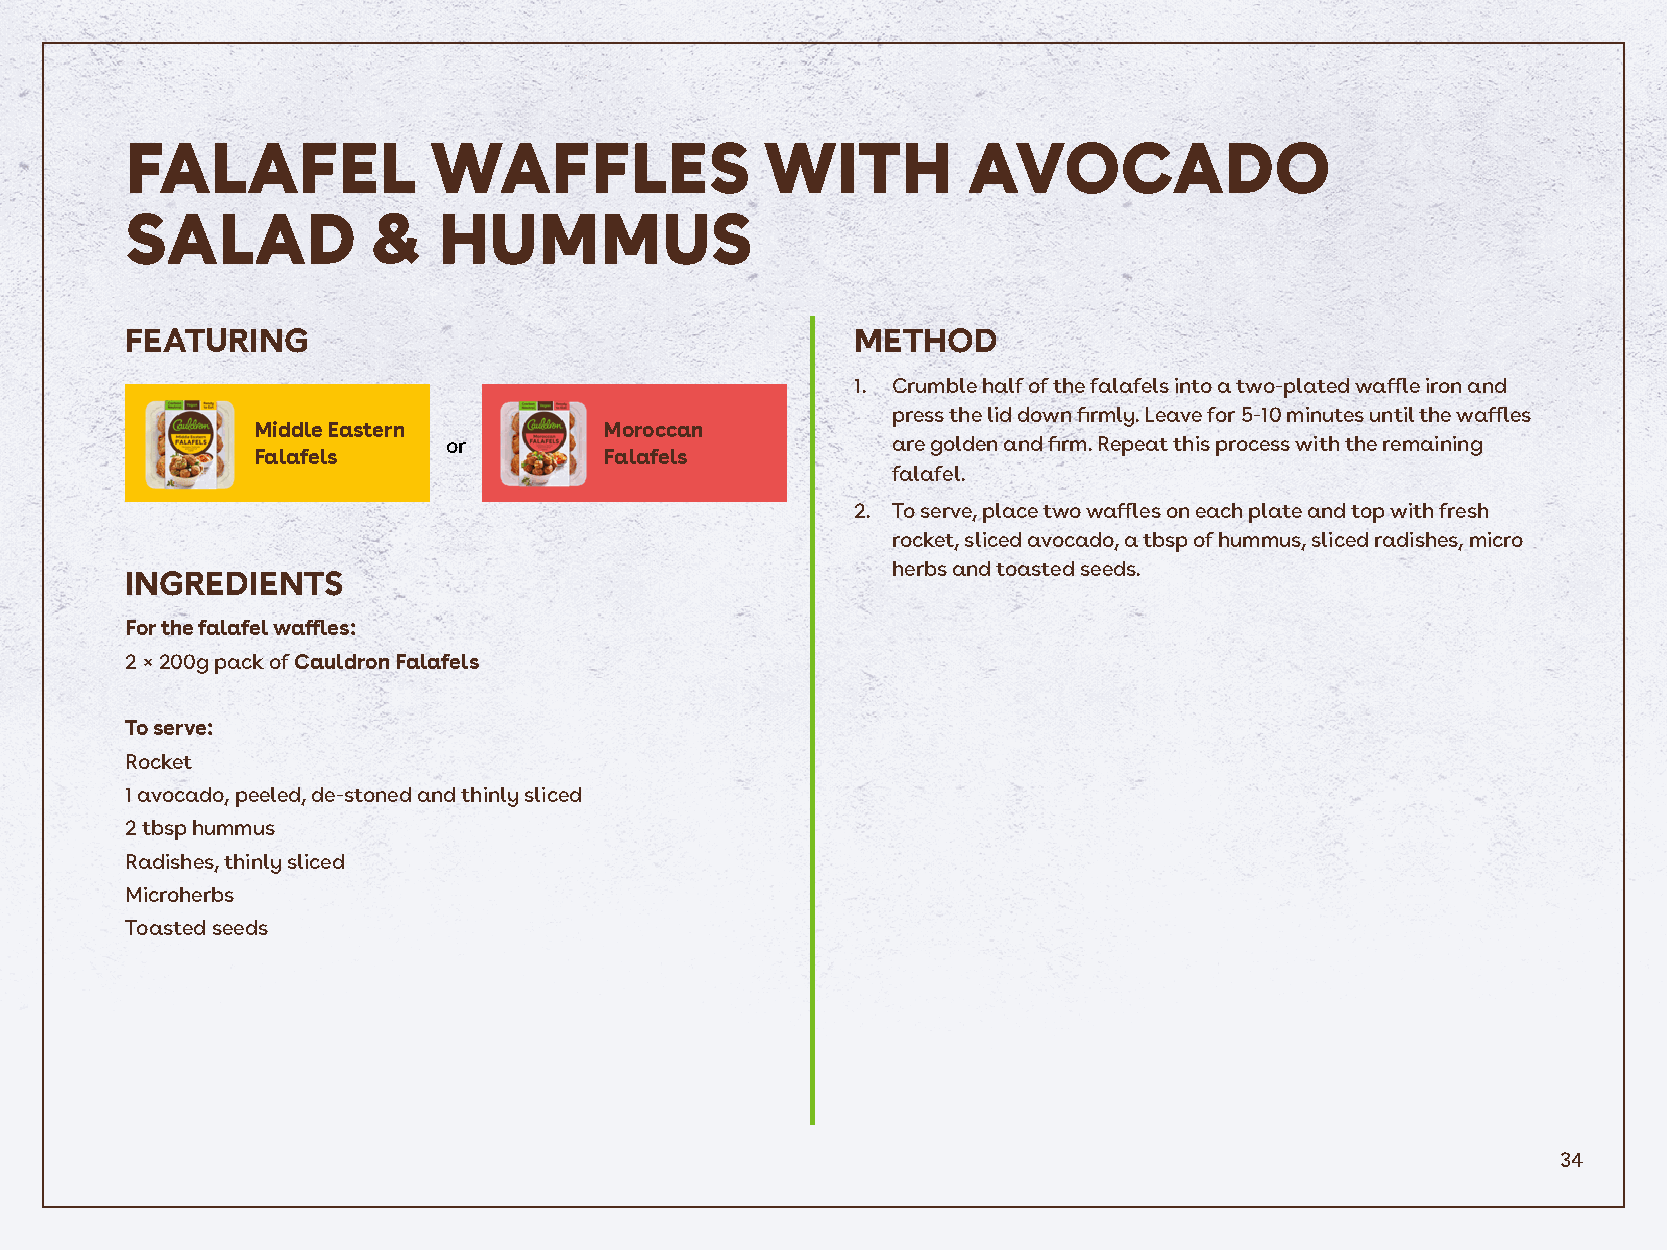
FALAFEL             WAFFLES                WITH         AVOCADO
 SALAD           &    HUMMUS
 FEATURING                                        METHOD
 1. Crumble half of the falafels into a two-plated waffle iron and
 press the lid down firmly. Leave for 5-10 minutes until the waffles
 Middle Eastern         Moroccan
 or                           are golden and firm. Repeat this process with the remaining
 Falafels               Falafels
 falafel.
 2. To serve, place two waffles on each plate and top with fresh
 rocket, sliced avocado, a tbsp of hummus, sliced radishes, micro
 herbs and toasted seeds.
 INGREDIENTS
 For the falafel waffles:
 2 × 200g pack of Cauldron Falafels
 To serve:
 Rocket
 1 avocado, peeled, de-stoned and thinly sliced
 2 tbsp hummus
 Radishes, thinly sliced
 Microherbs
 Toasted seeds
 34